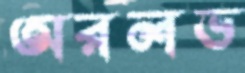
অরলভ